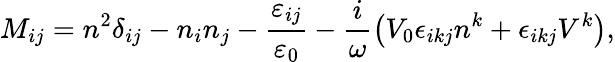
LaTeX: M_{ij}=n^{2}\delta_{ij}-n_{i}n_{j}-\frac{\varepsilon_{ij}}{\varepsilon_{0}}-\frac{i}{\omega}\left(V_{0}\epsilon_{ikj}n^{k}+\epsilon_{ikj}V^{k}\right),